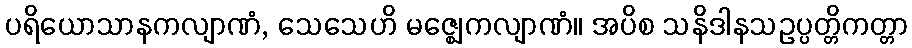
ပရိယောသာနကလျာဏံ, သေသေဟိ မဇ္ဈေကလျာဏံ။ အပိစ သနိဒါနသဥပ္ပတ္တိကတ္တာ